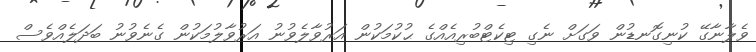
ވެލާނާގޭ ކުނިގޮނޑުން ވަގަށް ނެގި ޓިކެޓްބުރިއެއްގެ ޙުކުމަކުން އަރުވާލެވުނު އަރުވާލުމަކުން ގެނެވުނު ބަދަލެއްވެސް